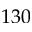
1 3 0